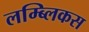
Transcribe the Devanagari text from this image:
लम्ब्लिकस